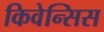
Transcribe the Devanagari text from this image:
किवेन्सिस